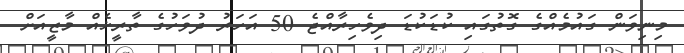
މިނިވަން ގައުމެއްގެ ގޮތުގައި ކުޑަކުޑަ ދިވެހިރާއްޖެ 50 އަހަރު ދުވަހުގެ ތާރީޚެއް މާޒީއަށް